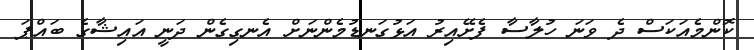
ކޮންމެއަކަސް ދެ ވަނަ ހުލާސާ ފެށޭއިރު އަޅުގަނޑުމެންނަށް އެނގިގެން ދަނީ އައިޝާގެ ބައްޕަ